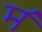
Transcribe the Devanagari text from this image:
म॔